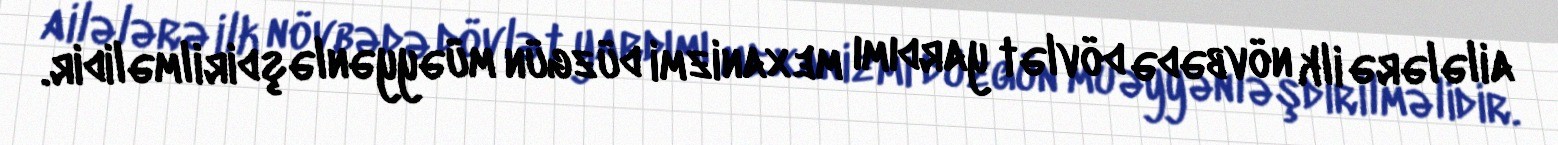
ailələrə ilk növbədə dövlət yardımı mexanizmi düzgün müəyyənləşdirilməlidir.